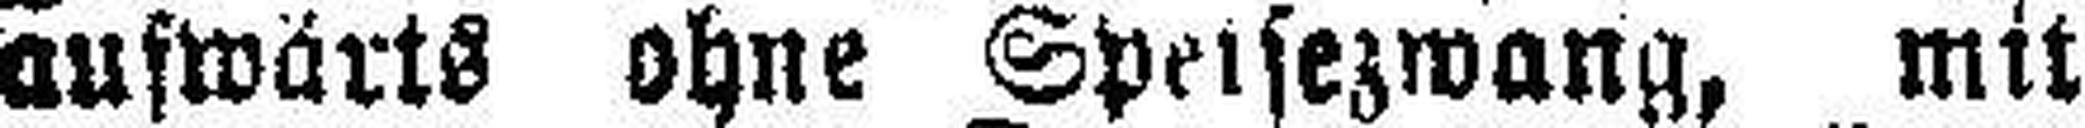
auswärts ohne Speisezwang, mit